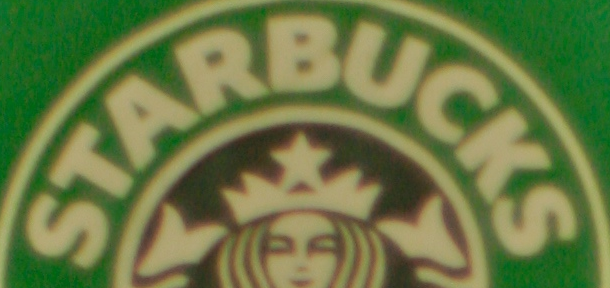
STARBUCKS